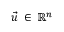
\vec { u } \, \in \, \mathbb { R } ^ { n }